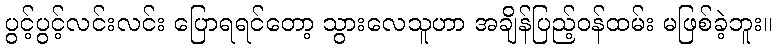
ပွင့်ပွင့်လင်းလင်း ပြောရရင်တော့ သွားလေသူဟာ အချိန်ပြည့်ဝန်ထမ်း မဖြစ်ခဲ့ဘူး။